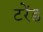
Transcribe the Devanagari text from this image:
टरेंड